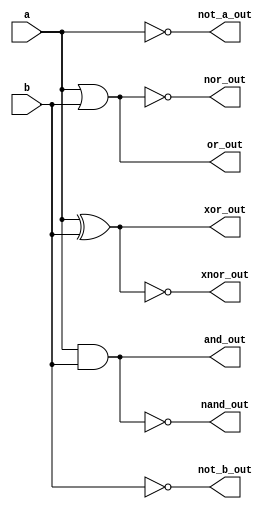
module combinational_logic_block (
    input wire [3:0] a,      // 4-bit input
    input wire [3:0] b,      // 4-bit input
    output wire [3:0] and_out, // AND output
    output wire [3:0] or_out,  // OR output
    output wire [3:0] not_a_out, // NOT output for a
    output wire [3:0] not_b_out, // NOT output for b
    output wire [3:0] nand_out, // NAND output
    output wire [3:0] nor_out,  // NOR output
    output wire [3:0] xor_out,  // XOR output
    output wire [3:0] xnor_out   // XNOR output
);

// Logical operations
assign and_out = a & b;       // AND operation
assign or_out = a | b;        // OR operation
assign not_a_out = ~a;        // NOT operation for a
assign not_b_out = ~b;        // NOT operation for b
assign nand_out = ~(a & b);   // NAND operation
assign nor_out = ~(a | b);    // NOR operation
assign xor_out = a ^ b;       // XOR operation
assign xnor_out = ~(a ^ b);   // XNOR operation

endmodule